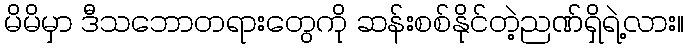
မိမိမှာ ဒီသဘောတရားတွေကို ဆန်းစစ်နိုင်တဲ့ညဏ်ရှိရဲ့လား။